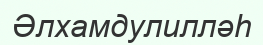
Әлхамдулилләһ